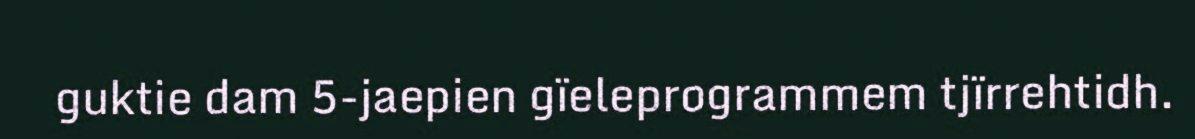
guktie dam 5-jaepien gïeleprogrammem tjïrrehtidh.